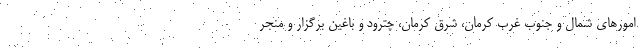
امورهای شمال و جنوب غرب کرمان، شرق کرمان، چترود و باغین برگزار و منجر